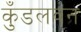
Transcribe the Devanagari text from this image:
कुँडलवन